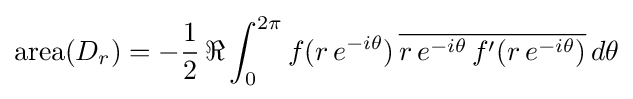
\mathrm {area} (D_{r})=-{\frac {1}{2}}\,\Re \int _{0}^{2\pi }f(r\,e^{-i\theta })\,{\overline {r\,e^{-i\theta }\,f'(r\,e^{-i\theta })}}\,d\theta